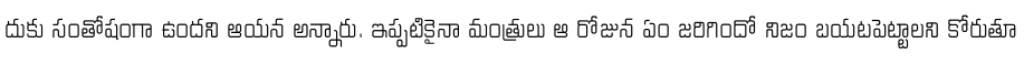
దుకు సంతోషంగా ఉందని ఆయన అన్నారు. ఇప్పటికైనా మంత్రులు ఆ రోజున ఏం జరిగిందో నిజం బయటపెట్టాలని కోరుతూ